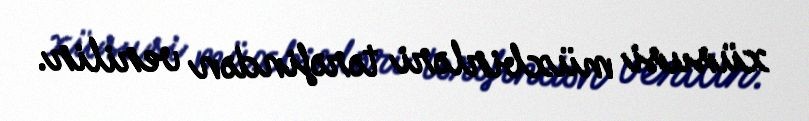
xüsusi müxbirləri tərəfindən verilir.